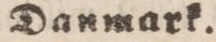
Danmark.